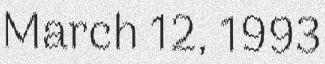
March 12, 1993